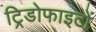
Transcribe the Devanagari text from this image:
ट्रिडोफाइटों